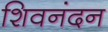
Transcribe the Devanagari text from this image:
शिवनंदन